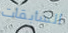
السابقات